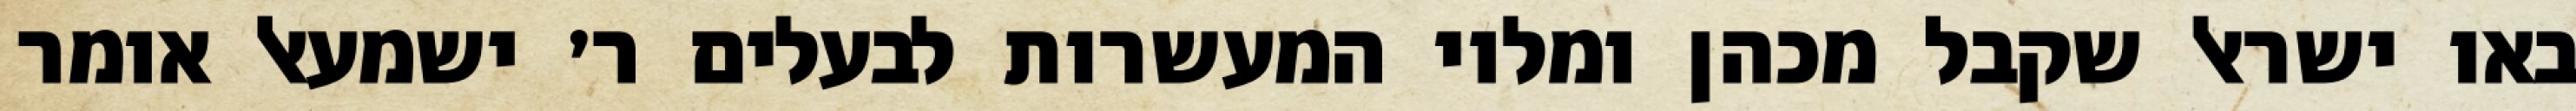
באו ישראל שקבל מכהן ומלוי המעשרות לבעלים ר׳ ישמעאל אומר